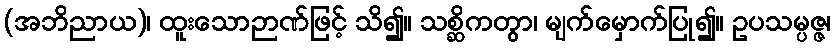
(အဘိညာယ)၊ ထူးသောဉာဏ်ဖြင့် သိ၍။ သစ္ဆိကတွာ၊ မျက်မှောက်ပြု၍။ ဥပသမ္ပဇ္ဇ၊